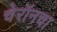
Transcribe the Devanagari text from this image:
चेरॉनचा